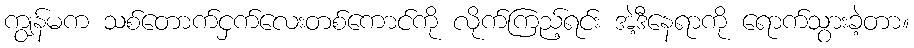
ကျွန်မက သစ်တောက်ငှက်လေးတစ်ကောင်ကို လိုက်ကြည့်ရင်း အဲ့ဒီနေရာကို ရောက်သွားခဲ့တာ။